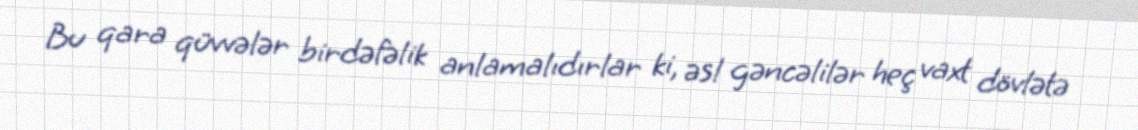
Bu qara qüvvələr birdəfəlik anlamalıdırlar ki, əsl gəncəlilər heç vaxt dövlətə